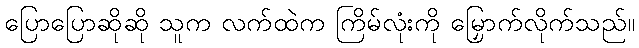
ပြောပြောဆိုဆို သူက လက်ထဲက ကြိမ်လုံးကို မြှောက်လိုက်သည်။